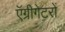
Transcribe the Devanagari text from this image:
ऍग्रीगेटरों